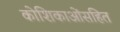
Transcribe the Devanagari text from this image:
कोशिकाओंसहित